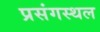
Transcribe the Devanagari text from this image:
प्रसंगस्थल